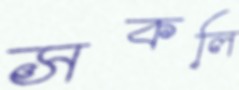
সকলি